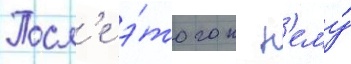
Посл'е э́того к н'ему́